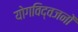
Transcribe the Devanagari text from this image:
योगविद्वजनों